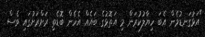
"އަޅުގަނޑުމެން އެބަ ހިޔާލުކުރަން މި އަތޮޅުގެ ބައެއް އެހެން ބޮޑެތި ރަށްރަށުގައި ވެސް